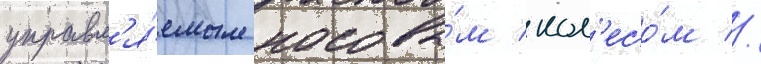
управл'я́емым носовы́м кол'есо́м //